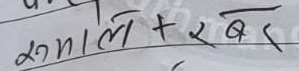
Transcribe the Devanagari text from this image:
रुमाल + रबर